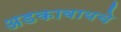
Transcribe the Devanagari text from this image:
अडकावायचे